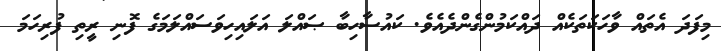
މިފަދަ އެތައް ވާހަކަތަކެއް ދައްކަމުންގެންދެއެވެ. ކައުސާހިބާ ޞައްލަ އަލައިހިވަސައްލަމަގެ ފޮނި ރީތި ފުރިހަމަ